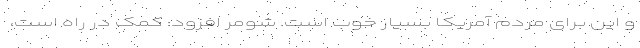
و این برای مردم آمریکا بسیار خوب است. شومر افزود: کمک در راه است،